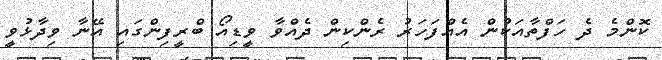
ކޮންމެ ދެ ހަފްތާއަކުން އެއްފަހަރު ރެންކިން ދެއްވާ ވީޑިއޯ ބްރީފިންގައި އޭނާ ވިދާޅުވީ